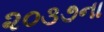
૨૦૩૭ના